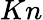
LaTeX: Kn